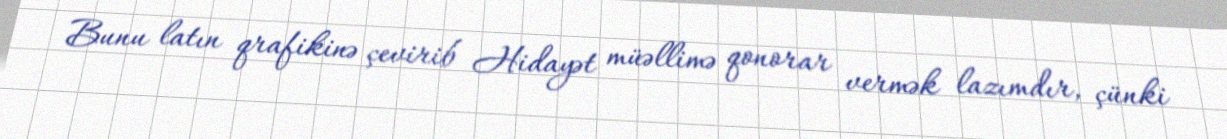
Bunu latın qrafikinə çevirib Hidayət müəllimə qonorar vermək lazımdır, çünki